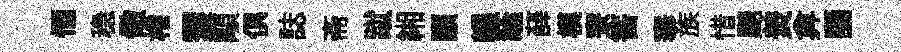
愐稳儆棬䨥顒俱誌斋蹴緗顓輾蔭薛模寮筈搴族惜颷羙弇誦